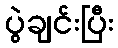
ပွဲချင်းပြီး